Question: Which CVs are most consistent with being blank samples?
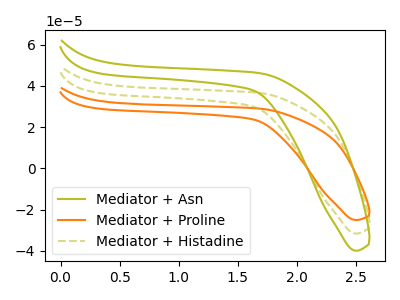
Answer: <think>The olive curve "Mediator + Asn" has no peaks. The orange curve "Mediator + Proline" has no peaks. The olive dashed curve "Mediator + Histadine" has no peaks.</think>
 <answer>"Mediator + Asn", "Mediator + Proline" and "Mediator + Histadine" are likely to be blanks.</answer>
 <eval>"Mediator + Asn", "Mediator + Proline", "Mediator + Histadine"</eval>